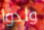
ولدوا